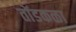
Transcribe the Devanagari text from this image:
तोंडकळा